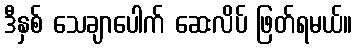
ဒီနှစ် သေချာပေါက် ဆေးလိပ် ဖြတ်ရမယ်။